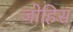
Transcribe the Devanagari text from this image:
जोहिस